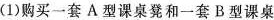
(1)购买一套A型课桌凳和一套B型课桌